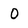
Character: 0